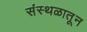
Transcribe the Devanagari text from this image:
संस्थळातून